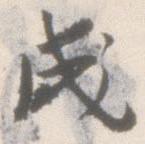
成